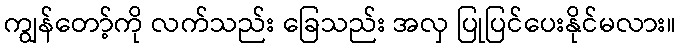
ကျွန်တော့်ကို လက်သည်း ခြေသည်း အလှ ပြုပြင်ပေးနိုင်မလား။